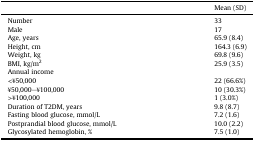
<table><thead><tr><td></td><td><b>Mean (SD)</b></td></tr></thead><tbody><tr><td>Number</td><td>33</td></tr><tr><td>Male</td><td>17</td></tr><tr><td>Age, years</td><td>65.9 (8.4)</td></tr><tr><td>Height, cm</td><td>164.3 (6.9)</td></tr><tr><td>Weight, kg</td><td>69.8 (9.6)</td></tr><tr><td>BMI, kg/m<sup>2</sup></td><td>25.9 (3.5)</td></tr><tr><td>Annual income</td><td></td></tr><tr><td>&lt;¥50,000</td><td>22 (66.6%)</td></tr><tr><td>¥50,000–¥100,000</td><td>10 (30.3%)</td></tr><tr><td>&gt;¥100,000</td><td>1 (3.0%)</td></tr><tr><td>Duration of T2DM, years</td><td>9.8 (8.7)</td></tr><tr><td>Fasting blood glucose, mmol/L</td><td>7.2 (1.6)</td></tr><tr><td>Postprandial blood glucose, mmol/L</td><td>10.0 (2.2)</td></tr><tr><td>Glycosylated hemoglobin, %</td><td>7.5 (1.0)</td></tr></tbody></table>